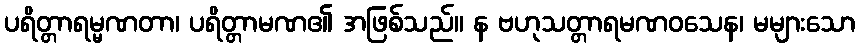
ပရိတ္တာရမ္မဏတာ၊ ပရိတ္တာမဏ၏ အဖြစ်သည်။ န ဗဟုသတ္တာရမဏဝသေန၊ မများသော